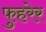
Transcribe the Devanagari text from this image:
फुहरेर